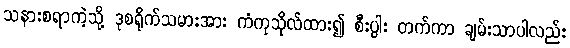
သနားစရာကဲ့သို့ ဒုစရိုက်သမားအား ကံကုသိုလ်ထား၍ စီးပွါး တက်ကာ ချမ်းသာပါလည်း